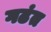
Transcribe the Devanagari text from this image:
गढंत